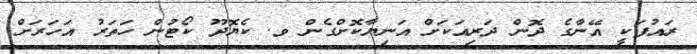
ރައުފަކީ އޭނާގެ ދޮން ދަރިއަކަށް އަނިޔާކޮށްގެން ވ. ކެޔޮދޫ ކޯޓުން ހަތަރު އަހަރަށް